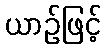
ယာဉ်ဖြင့်